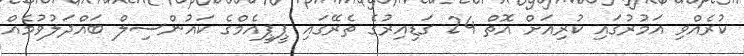
ކުރެއްވި އަމުރުގައި ކުރިއަށް އޮތް 24 ގަޑިއިރުގެ ތެރޭގައި ޕީޕީއެމްގެ ކައުންސިލް ބައްދަލުވުމެއް